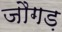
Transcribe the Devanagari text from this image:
जौगड़